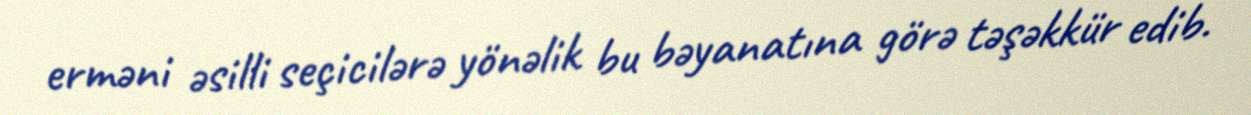
erməni əsilli seçicilərə yönəlik bu bəyanatına görə təşəkkür edib.